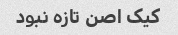
کیک اصن تازه نبود